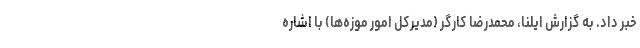
خبر داد. به گزارش ایلنا، محمدرضا کارگر (مدیرکل امور موزه‌ها) با اشاره